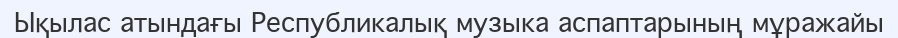
Ықылас атындағы Республикалық музыка аспаптарының мұражайы